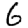
Digit: 6